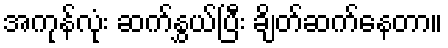
အကုန်လုံး ဆက်နွှယ်ပြီး ချိတ်ဆက်နေတာ။